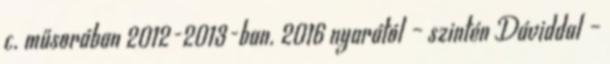
c. műsorában 2012-2013-ban. 2016 nyarától – szintén Dáviddal –